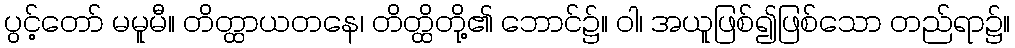
ပွင့်တော် မမူမီ။ တိတ္ထာယတနေ၊ တိတ္ထိတို့၏ ဘောင်၌။ ဝါ၊ အယူဖြစ်၍ဖြစ်သော တည်ရာ၌။